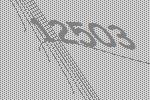
12503